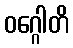
ဝဂ္ဂေါတိ